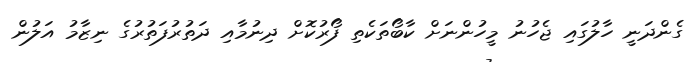
ގެންދަނީ ހާލުގައި ޖެހުނު މީހުންނަށް ކާބޯތަކެތި ފޯރުކޮށް ދިނުމާއި ދަތުރުފަތުރުގެ ނިޒާމު އަލުން